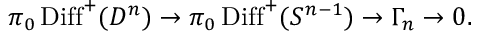
\pi _ { 0 } \operatorname { D i f f } ^ { + } ( D ^ { n } ) \to \pi _ { 0 } \operatorname { D i f f } ^ { + } ( S ^ { n - 1 } ) \to \Gamma _ { n } \to 0 .